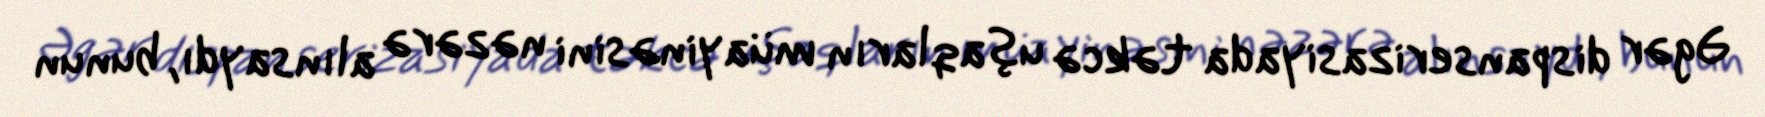
Əgər dispanserizasiyada təkcə uşaqların müayinəsini nəzərə alınsaydı, bunun